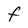
Character: F